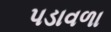
પડાવળા